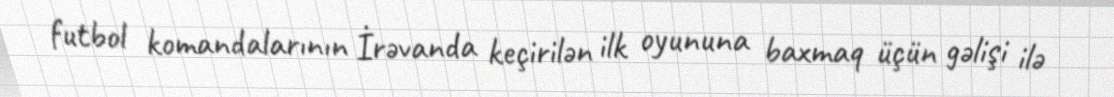
futbol komandalarının İrəvanda keçirilən ilk oyununa baxmaq üçün gəlişi ilə